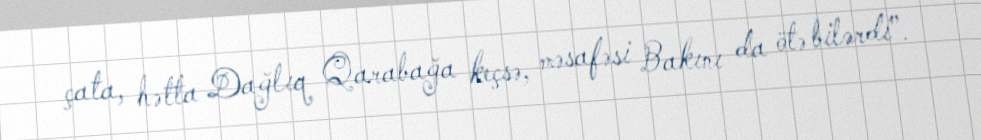
çata, hətta Dağlıq Qarabağa keçsə, məsafəsi Bakını da ötə bilərdi”.